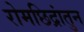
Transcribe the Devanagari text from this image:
रोमछिद्रांतुन